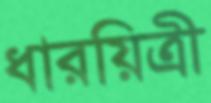
ধারয়িত্রী